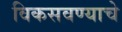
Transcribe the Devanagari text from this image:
विकसवण्याचे